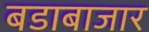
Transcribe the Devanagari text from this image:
बडाबाजार